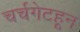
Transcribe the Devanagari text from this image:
चर्चगेटहून